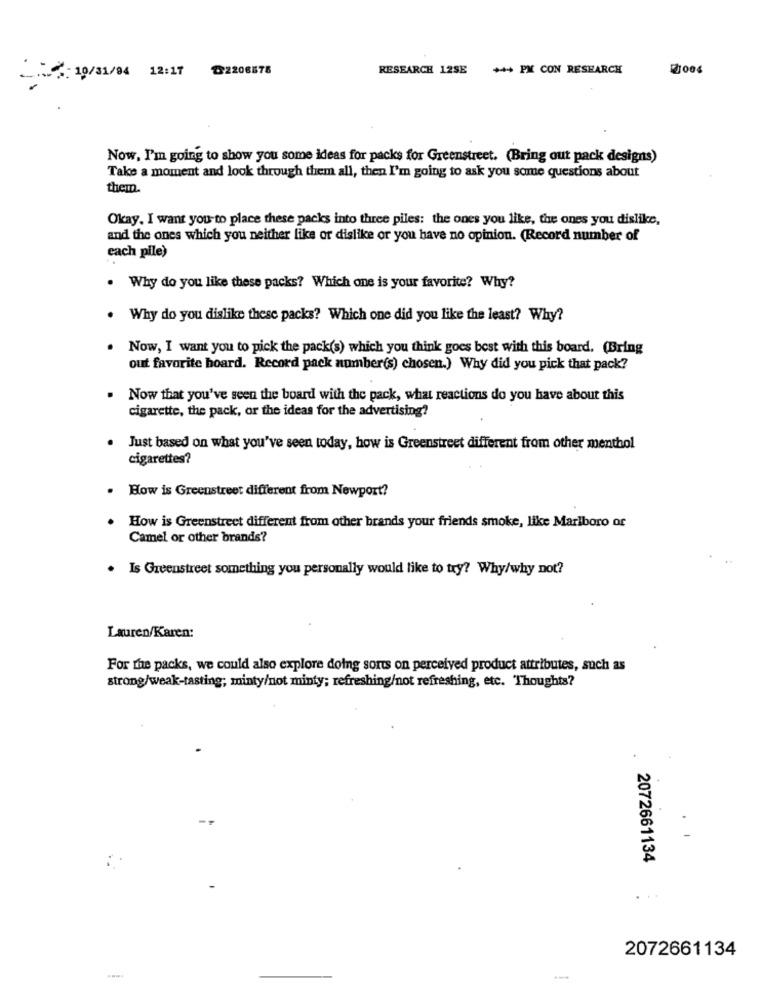
T2206878
RESEARCH 12SE
+++ PM CON RESEARCH
: 10/31/94 12:17
Now, I'm going to show you some ideas for packs for Greenstreet. (Bring out pack designs)
Take a moment and look through them all, then I'm going to ask you some questions about
them.
Okay. I want you to place these packs into three piles: the ones you like, the ones you dislike,
and the ones which you neither like or dislike or you have no opinion. (Record number of
each pile)
. Why do you like these packs? Which one is your favorite? Why?
. Why do you dislike these packs? Which one did you like the least? Why?
Now, I want you to pick the pack(s) which you think goes best with this board. (Bring
out favorite board. Record pack number(s) chosen.) Why did you pick that pack?
Now that you've seen the board with the pack, what reactions do you have about this
cigarette, the pack, or the ideas for the advertising?
Just based on what you've seen today, how is Greenstreet different from other menthol
cigarettes?
How is Greenstreet different from Newport?
How is Greenstreet different from other brands your friends smoke, like Marlboro or
Camel or other brands?
. Is Greenstreet something you personally would like to try? Why/why not?
Lauren/Karen:
For the packs, we could also explore doing sorts on perceived product attributes, such as
strong/weak-tasting; minty/not minty; refreshing/not refreshing, etc. Thoughts?
.
. .
2072661134
. ..
2072661134